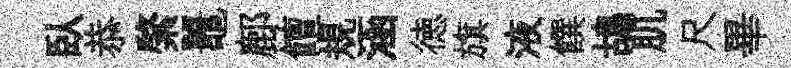
臥恭綮鼉鄜饘規涵徳旗液饌鴣肌尺畢